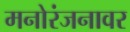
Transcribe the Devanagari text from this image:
मनोरंजनावर